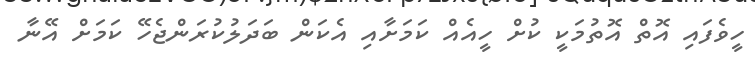
ހީވެފައި އޮތް އޮތުމަކީ ކުށް ހީއެއް ކަމަށާއި އެކަން ބަދަލުކުރަންޖެހޭ ކަމަށް އޭނާ